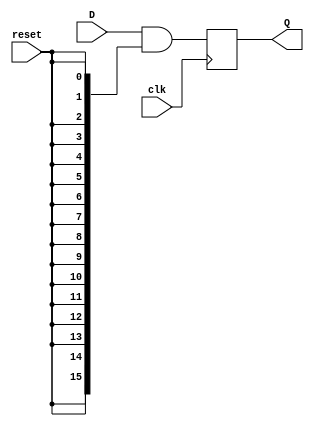
module D_FF_16
	(
	input [15:0]D,
	input clk,
	input reset,
	output reg [15:0]Q
	);


always @(posedge clk)
begin
	Q <= D&{{16{reset}}};
end

endmodule